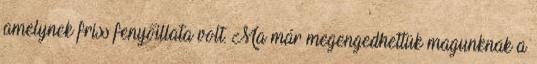
amelynek friss fenyőillata volt. Ma már megengedhettük magunknak a